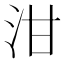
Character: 泔